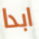
ابدا